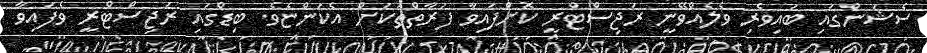
ސެޝަންގައި ބައިވެރި ވެލެއްވޭނީ ރަޖިސްޓްރީ ކޮށްފައިވާ ފަރާތްތަކަށް އެކަންޏެވެ. ބިޑްގައި ރަޖިސްޓްރީ ވެފައިވާ